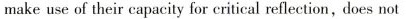
make use of their capacity for critical reflection,does not